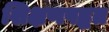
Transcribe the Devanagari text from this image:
शिक्षणपद्धत